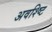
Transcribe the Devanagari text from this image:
अवश्ष्टि